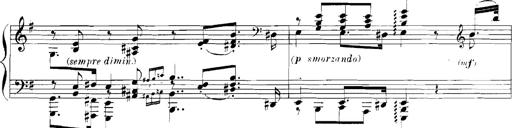
Title: Rhapsodies hongroises
Composer: Franz Liszt